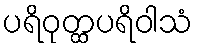
ပရိဝုတ္ထပရိဝါသံ